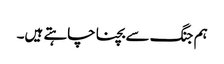
ہم جنگ سے بچنا چاہتے ہیں۔